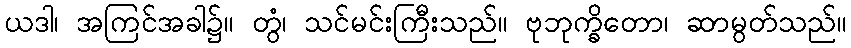
ယဒါ၊ အကြင်အခါ၌။ တွံ၊ သင်မင်းကြီးသည်။ ဗုဘုက္ခိတော၊ ဆာမွတ်သည်။